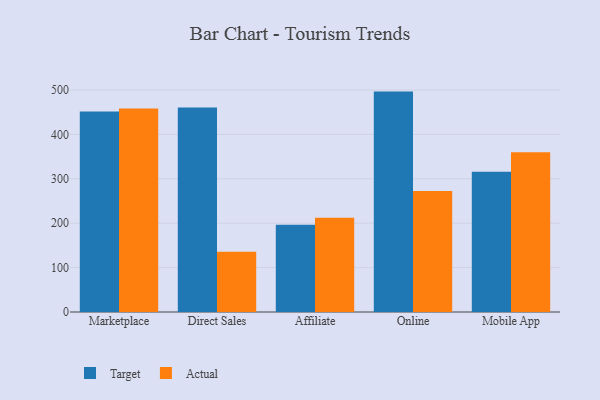
{"axis": {"x": "Channel", "y": "Page Views"}, "legend": ["Actual", "Target"], "data": [{"x": "Marketplace", "y": 451.7, "type": "Target"}, {"x": "Marketplace", "y": 458.4, "type": "Actual"}, {"x": "Direct Sales", "y": 460.7, "type": "Target"}, {"x": "Direct Sales", "y": 135.6, "type": "Actual"}, {"x": "Affiliate", "y": 196.6, "type": "Target"}, {"x": "Affiliate", "y": 212.5, "type": "Actual"}, {"x": "Online", "y": 496.4, "type": "Target"}, {"x": "Online", "y": 272.7, "type": "Actual"}, {"x": "Mobile App", "y": 315.8, "type": "Target"}, {"x": "Mobile App", "y": 359.7, "type": "Actual"}]}